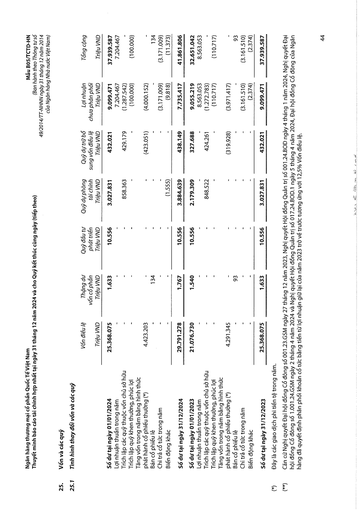
||Vốn điều lệ Triệu VND|Thặng dư vốn cổ phần Triệu VND|Quỹ đầu tư phát triển Triệu VND|Quỹ dự phòng tài chính Triệu VND|Quỹ dự trữ bổ sung vốn điều lệ Triệu VND|Lợi nhuận chưa phân phối Triệu VND|Tổng cộng Triệu VND| |---|---|---|---|---|---|---|---| |Số dư tại ngày 01/01/2024|25.368.075|1.633|10.556|3.027.831|432.021|9.099.471|37.939.587| |Lợi nhuận thuần trong năm|-|-|-|||7.204.467|7.204.467| |Trích lập các quỹ thuộc vốn chủ sở hữu|-|-|-|858.363|429.179|(1.287.542)|| |Trích lập quỹ khen thưởng, phúc lợi|-|-|-|-|-|(100.000)|(100.000)| |Tăng vốn trong năm bằng hình thức|||||||| |phát hành cổ phiếu thưởng (*)|4.423.203|-|-|-|(423.051)|(4.000.152)|| |Bán cổ phiếu lẻ|-|134|-|-|-|-|134| |Chi trả cổ tức trong năm|-|-|-|-|-|(3.171.009)|(3.171.009)| |Biến động khác||-|-|(1.555)|-|(9.818)|(11.373)| |Số dư tại ngày 31/12/2024|29.791.278|1.767|10.556|3.884.639|438.149|7.735.417|41.861.806| |Số dư tại ngày 01/01/2023|21.076.730|1.540|10.556|2.179.309|327.688|9.055.219|32.651.042| |Lợi nhuận thuần trong năm|-|-|-|-|-|8.563.053|8.563.053| |Trích lập các quỹ thuộc vốn chủ sở hữu|-|-|-|848.522|424.261|(1.272.783)|| |Trích lập quỹ khen thưởng, phúc lợi|-|-|-|-|-|(110.717)|(110.717)| |Tăng vốn trong năm bằng hình thức phát hành cổ phiếu thưởng (*)|4.291.345|-|-|-|(319.928)|(3.971.417)|| |Bán cổ phiếu lẻ|-|93|-|-|-|-|93| |Chi trả cổ tức trong năm|-|-|-|-|-|(3.161.510)|(3.161.510)| |Biến động khác|-|-|-|-|-|(2.374)|(2.374)| |Số dư tại ngày 31/12/2023|25.368.075|1.633|10.556|3.027.831|432.021|9.099.471|37.939.587|